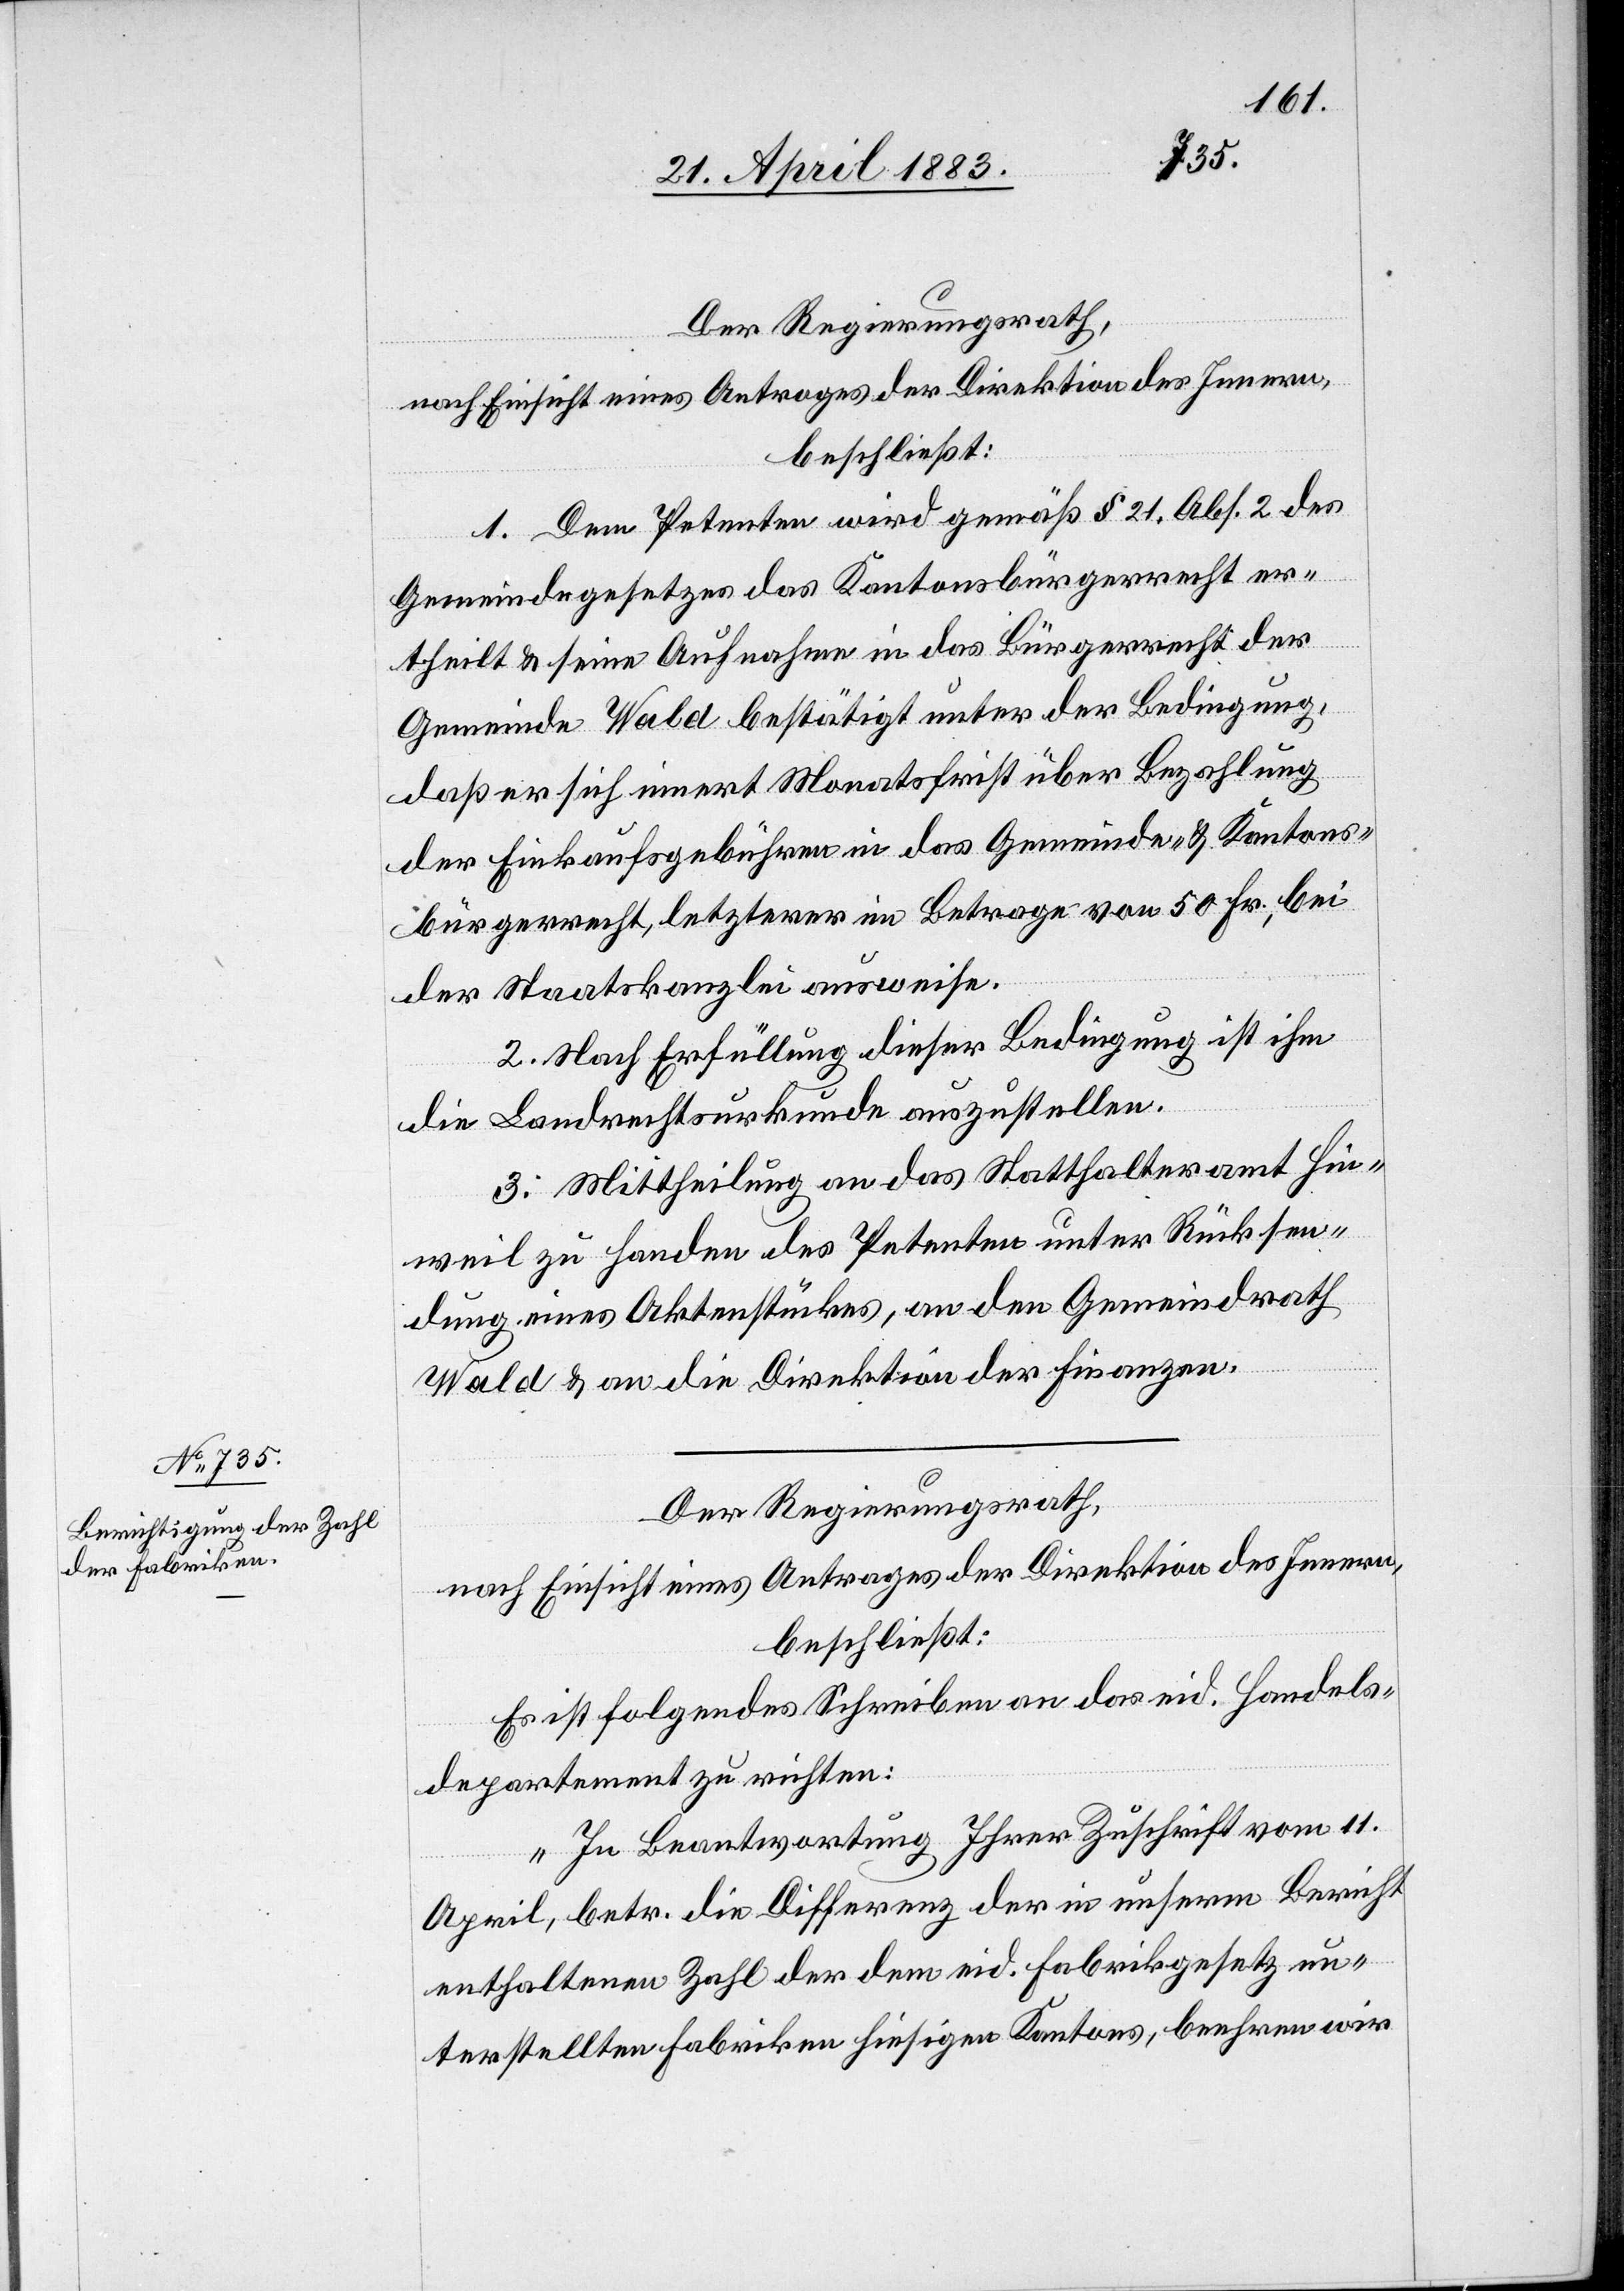
Der Regierungsrath,
nach Einsicht eines Antrages der Direktion des Innern,
beschließt:
1. Dem Petenten wird gemäß § 21, Abs. 2 des
Gemeindegesetzes das Kantonsbürgerrecht er¬
theilt & seine Aufnahme in das Bürgerrecht der
Gemeinde Wald bestätigt unter der Bedingung,
daß er sich innert Monatsfrist über Bezahlung
der Einkaufsgebühren in das Gemeinde- & Kantons¬
bürgerrecht, letzterer im Betrage von 50 Fr., bei
der Staatskanzlei ausweise.
2. Nach Erfüllung dieser Bedingung ist ihm
die Landrechtsurkunde auszustellen.
3. Mittheilung an das Statthalteramt Hin¬
weil zu Handen des Petenten unter Rücksen¬
dung eines Aktenstückes, an den Gemeindrath
Wald & an die Direktion der Finanzen.
Der Regierungsrath,
nach Einsicht eines Antrages der Direktion des Innern,
beschließt:
Es ist folgendes Schreiben an das eid. Handels¬
departement zu richten:
„In Beantwortung Ihrer Zuschrift vom 11.
April, betr. die Differenz der in unserm Bericht
enthaltenen Zahl der dem eid. Fabrikgesetz un¬
terstellten Fabriken hiesigen Kantons, beehren wir